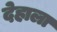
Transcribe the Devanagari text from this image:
देहाला